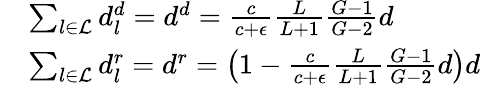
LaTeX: \begin{array}{rl}&{\sum_{l\in\mathcal{L}}d_{l}^{d}=d^{d}=\frac{c}{c+\epsilon}\frac{L}{L+1}\frac{G-1}{G-2}d}\\ &{\sum_{l\in\mathcal{L}}d_{l}^{r}=d^{r}=\left(1-\frac{c}{c+\epsilon}\frac{L}{L+1}\frac{G-1}{G-2}d\right)d}\end{array}